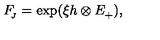
F _ { \! _ { J } } = \exp ( \xi h \otimes E _ { + } ^ { } ) ,